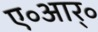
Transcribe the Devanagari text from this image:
ए॰आर्॰